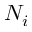
N _ { i }